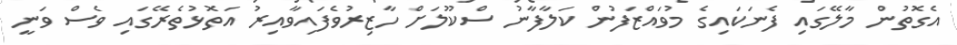
އެގޮތުން މާލޭގައި ފެނަކައިގެ މުވައްޒަފުން ކަލާފާނު ސްކޫލަށް ހާޒިރުވެފައިވާއިރު އަތޮޅުތެރޭގައި ވެސް ވަނީ